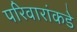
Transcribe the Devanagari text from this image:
परिवारांकडे